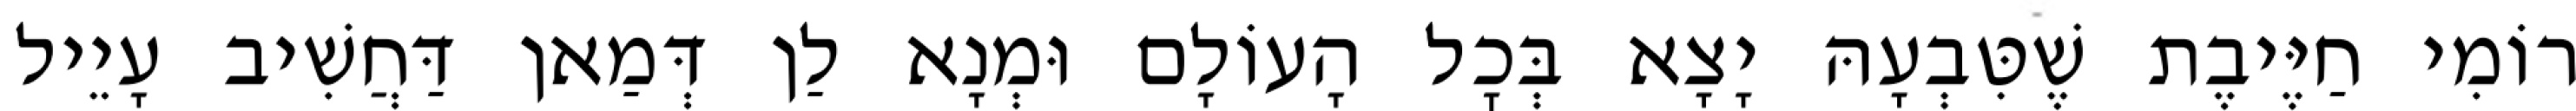
רוֹמִי חַיֶּיבֶת שֶׁטִּבְעָהּ יָצָא בְּכׇל הָעוֹלָם וּמְנָא לַן דְּמַאן דַּחֲשִׁיב עָיֵיל